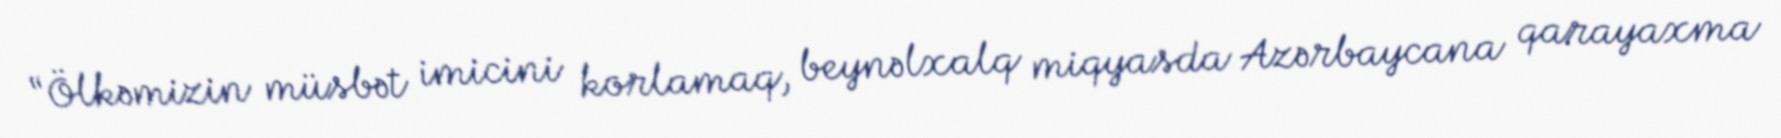
“Ölkəmizin müsbət imicini korlamaq, beynəlxalq miqyasda Azərbaycana qarayaxma